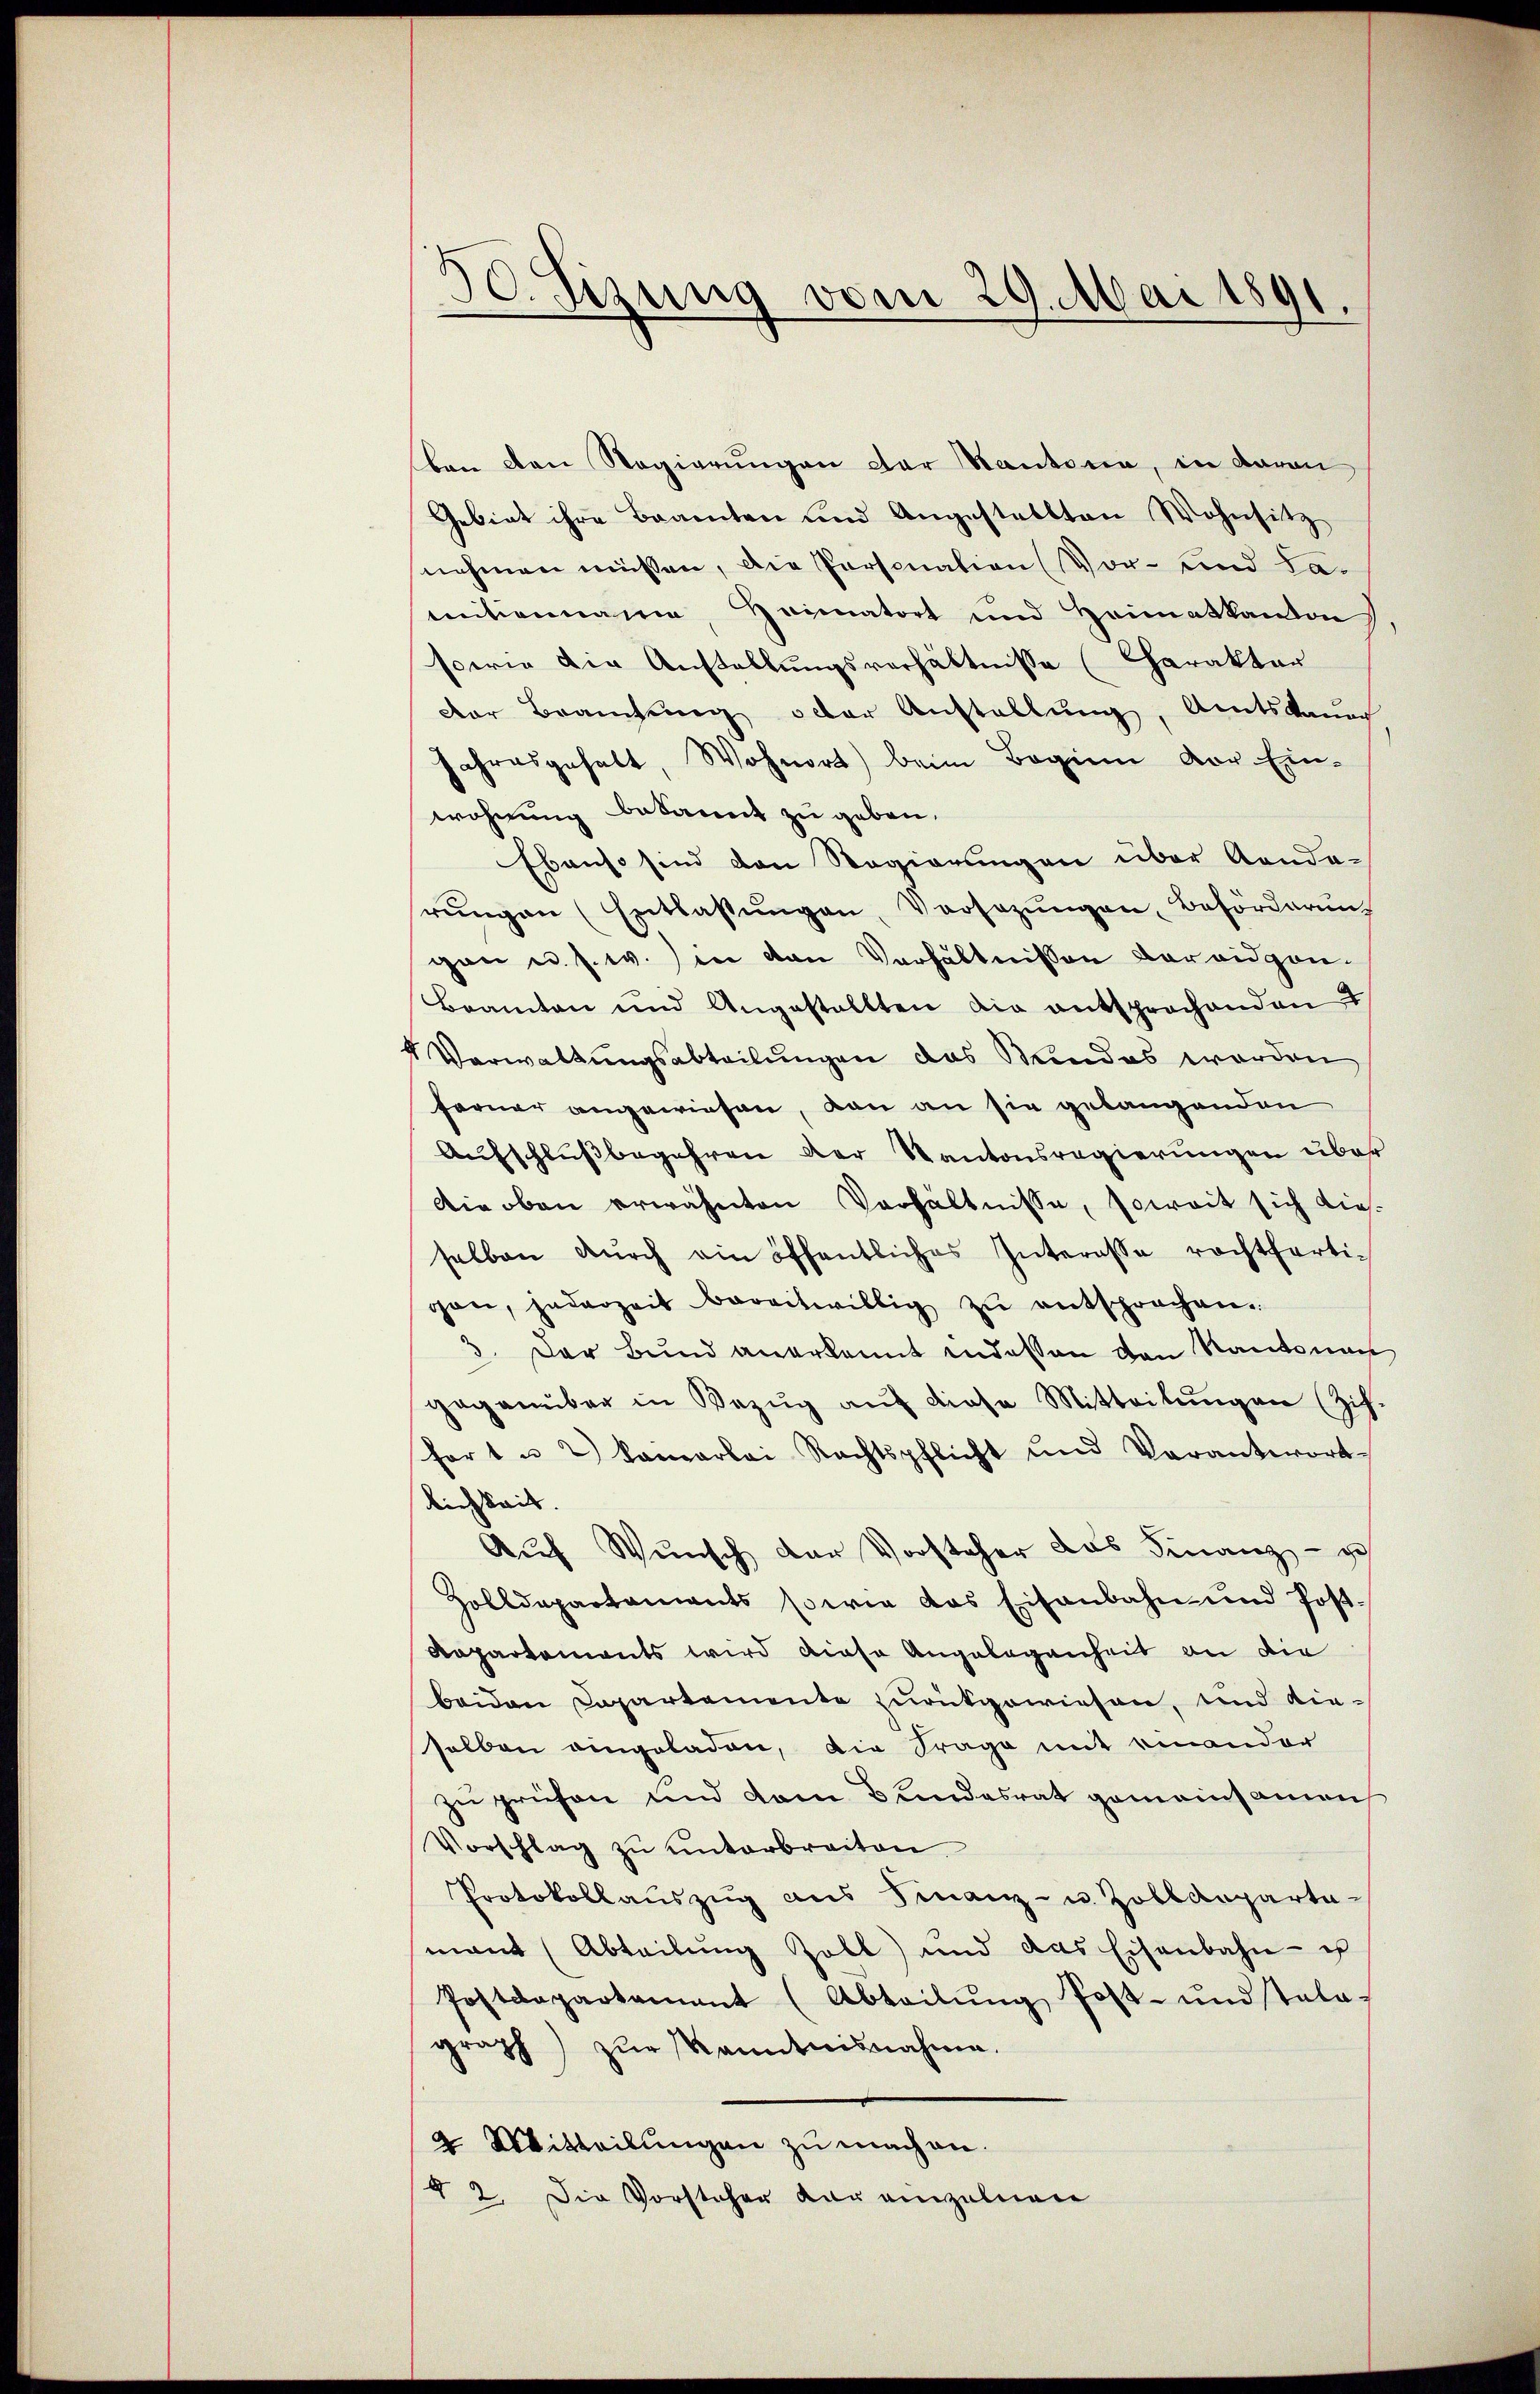
30. Sizung vom 29. Mai 1891.

ben den Regierungen der Kantone, in davon
Gebiet ihre Beamten und Angestellten Wohnsitz
nehmen müssen, die Personation (Vor- und Lamitionnaie, Heimatort und Heimatkanton
sowie die Anstellungsverhältnisse (Charakter
dor Brautung oder Anstellung, Amtsdaue
Jahresgehalt, Wohnort) beim Beginn vor Ein-
wohnung bekannt zu geben.
Ebenso sind den Regierungen über Konda-
rŭngen (Entlassŭngen Vorsozŭngen Beförderung
gan u. s. w.) in von Verhältnissen der eidgan¬
Beamten und Angestellten die entsprochenden
4 Verwaltungsabteilungen das Mundes worden
ferner angewiesen, von an sie gelangenden
Aufschlußbegehren der Kantonsregierungen über
Die oben erwähnten Verhältnisse, soweit sich dieselben dŭrch ein öffentliches Interesse rechtferti-
gan, jederzeit bereitwillig zŭ entsprochen.
3. Der Bund anerkannt indessen von Kantona
gegenüber in Bezug auf diese Mitteilungen (Zif.
fort u. 2 kamerlei Rechtspflicht und Verantwort
lichkeit.
Auf Wunsch der Vorsteher das Finanz - ich
Zolldepartaments sowie das Eisenbahn und Post-
Rapartaments wird diese Angelegenheit an die
beiden Capartemente zurückgewiesen, und dieselben eingeladen, die Frage mit einander
zu prüfen und dem Bundesrat gemeinsamen
Vorschlag zŭ ŭnterbreiten
Protokollauszug aus Finanz- u. Zolldeparta-
mant (Abteilung Zoll) und das Eisenbahn-
Postdepartament (Abteilŭng Post- und stola-
graph) zŭr kanntnisnahme.
4 Mitteilungen zu machen.
§ 2. Die Vorsteher der einzelnen